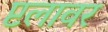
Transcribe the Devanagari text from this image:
प्टलावर